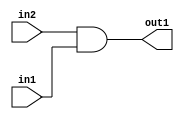
`timescale 1ps / 1ps
/*****************************************************************************
    Verilog RTL Description
    
    
    Created by: Stratus DpOpt 2019.1.01 
*******************************************************************************/

module st_weight_addr_gen_And_1Ux1U_1U_4_5 (
	in2,
	in1,
	out1
	); /* architecture "behavioural" */ 
input  in2,
	in1;
output  out1;
wire  asc001;

assign asc001 = 
	(in2)
	&(in1);

assign out1 = asc001;
endmodule

/* CADENCE  urf5Qgs= : u9/ySgnWtBlWxVPRXgAZ4Og= ** DO NOT EDIT THIS LINE ******/